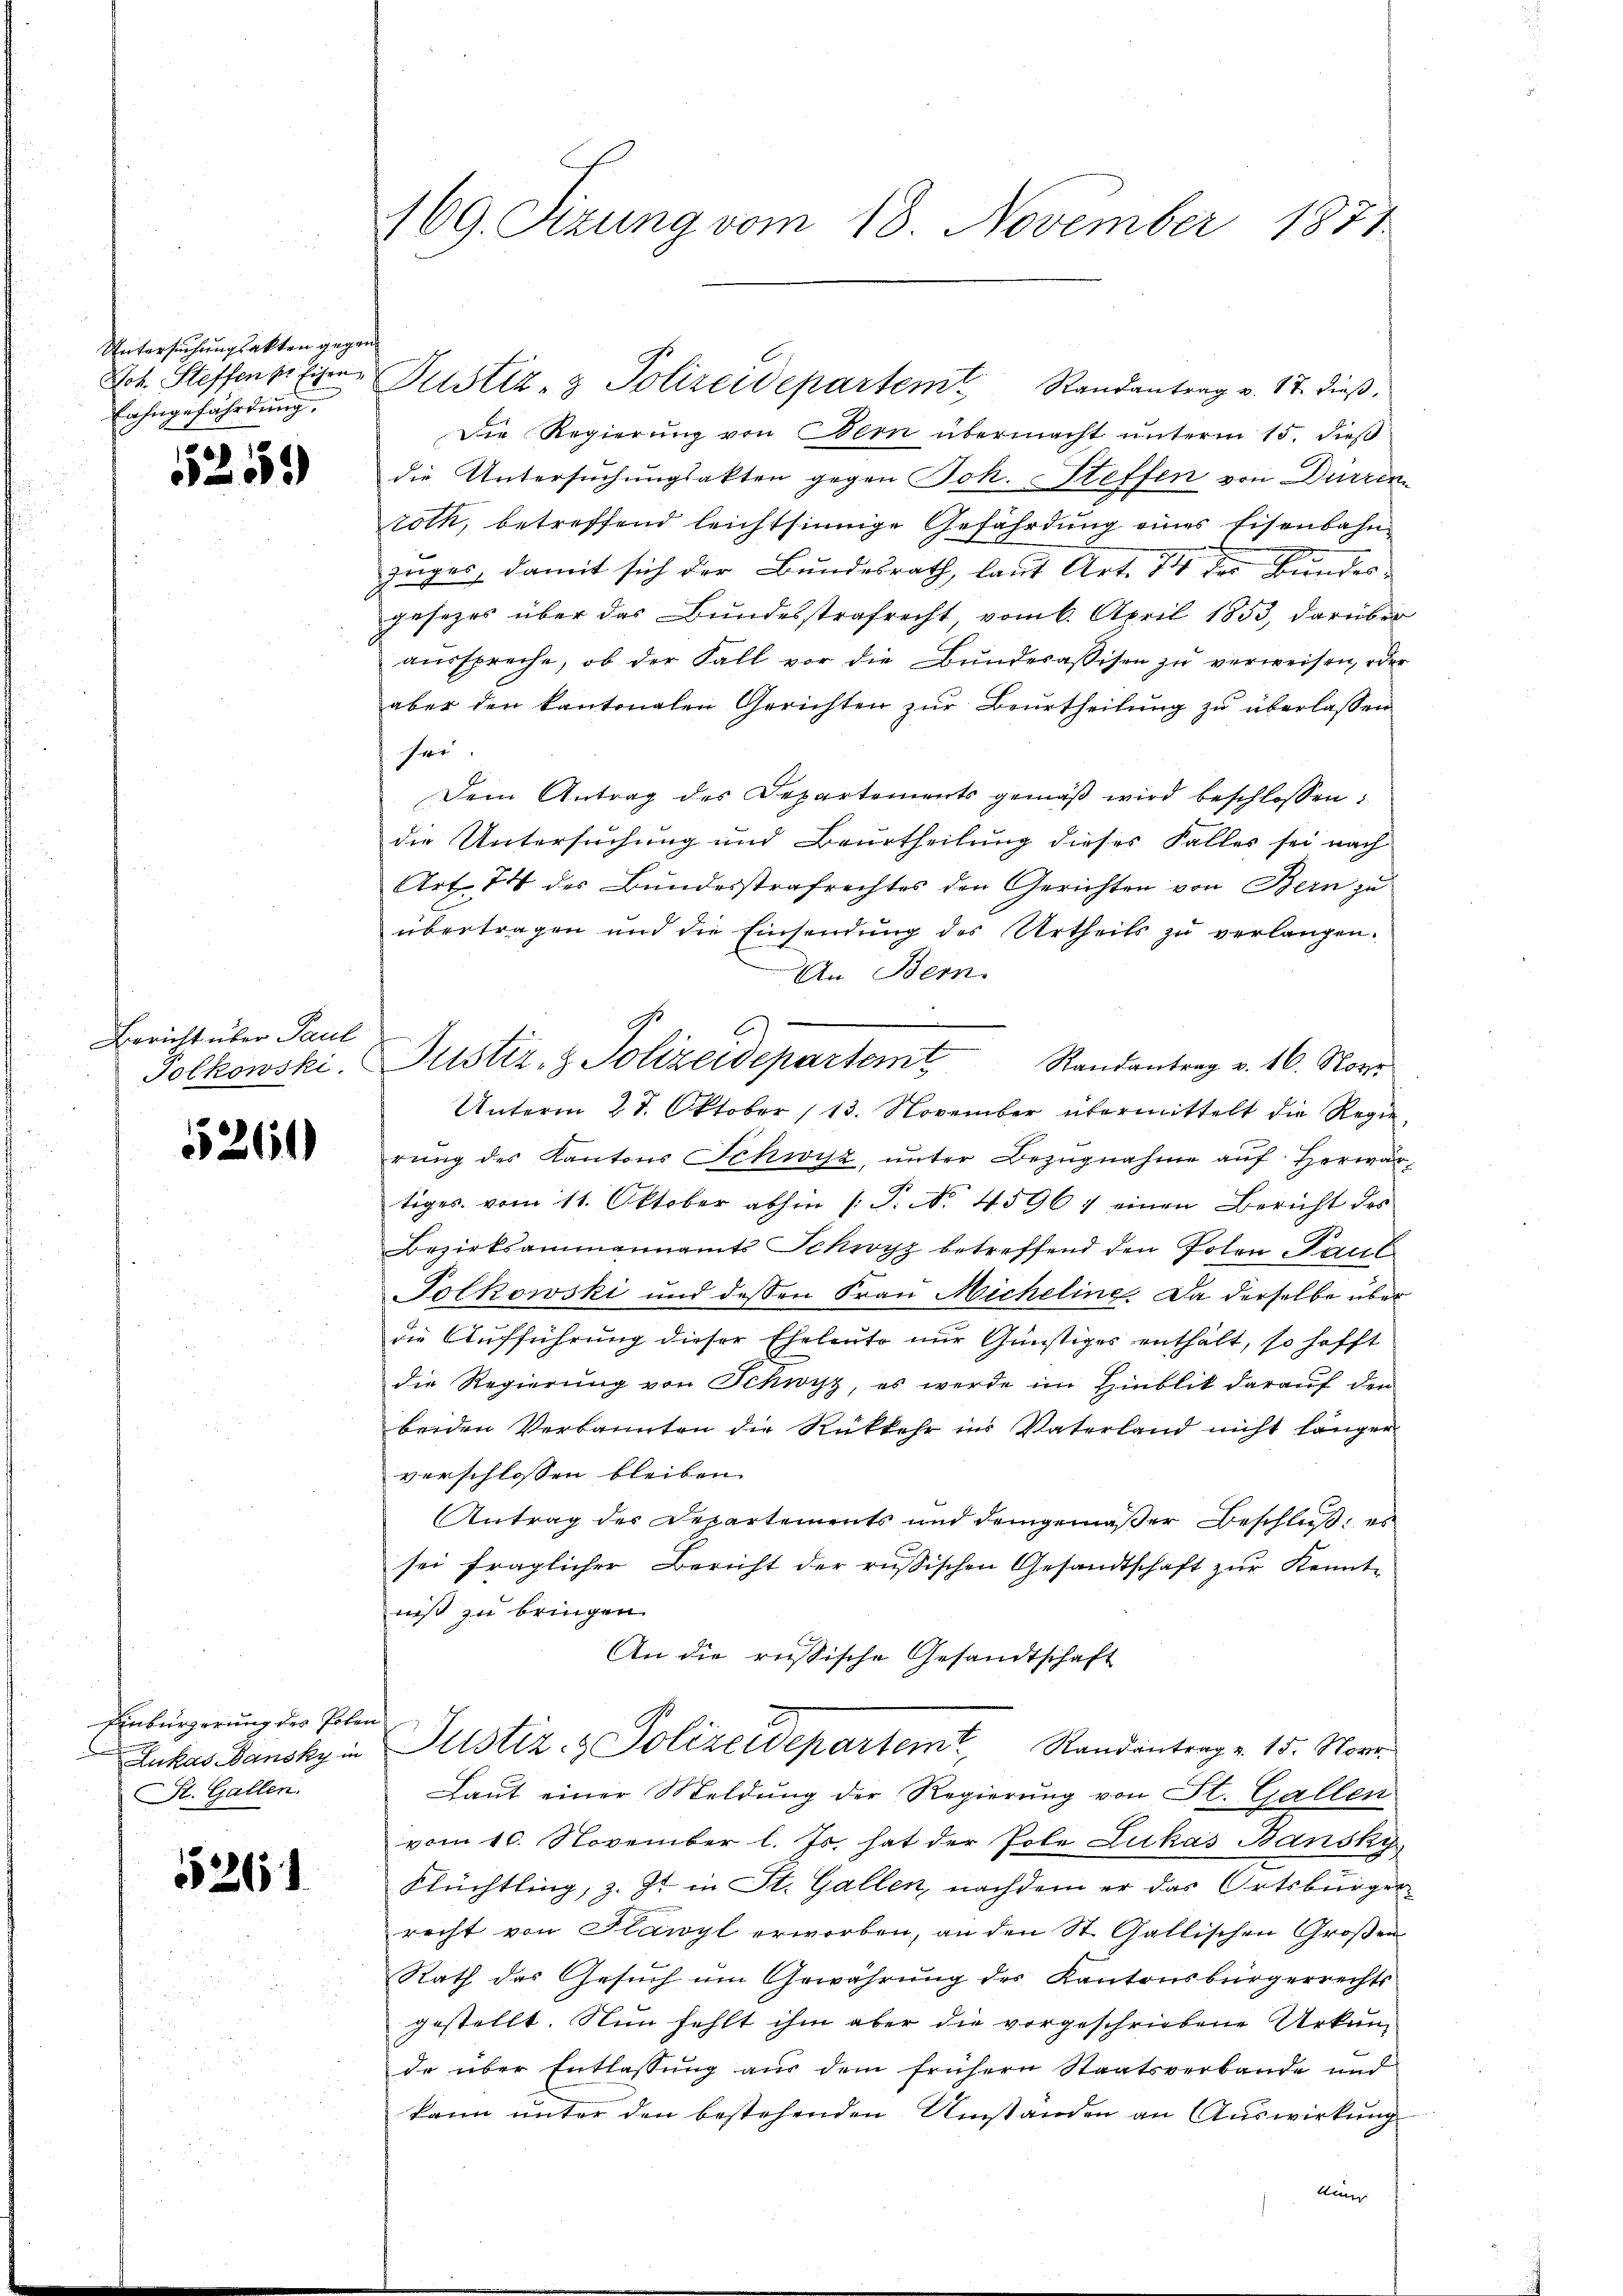
Untersuchungsakten gegen
Lahngefährdung.

52559

Bericht über Paul

5261

Einbürgerung des Polen
St. Gallen.

5261

Die Regierŭng von Bern übermacht ŭnterm 15. dieβ
die Untersuchungsakten gegen Joh. Steffen von Dürren
roth, betreffend leichtsinnige Gefährdung eines Eisenbahn-
zuges, damit sich der Bundesrath, laut Art. 74 der Bundesgesezes über das Bundesstrafrecht, vom 6. April 1853, darüber
aŭsspreche, ob der Fall vor die Bŭnderassisen zŭ verweisen, oder
aber den kantonalen Gerichten zur Beurtheilung zu überlassen
fer
Dem Antrag des Departements gemäß wird beschlossen:
die Untersuchung und Beurtheilung dieses Falles sei nach
Art. 74 des Bundesstrafrechtes den Gerichten von Bern zu
übertragen und die Einsendung des Urtheils zŭ verlangen.
An Bern.
l
Unterm 28. Oktober 113. November übermittelt die Regierŭng des Kantons Schwyz, ŭnter Bezŭgnahme aŭf herwärtiges vom 11. Oktober abhin /: P. No. 45967 einen Bericht des
Bezirksammannamts Schwyz betreffend den Polen aut
Polkowski und dessen Frau Micheling. Da derselbe über
die Aufführung dieser Eheleute nur Günstiges enthält, so hofft
die Regierung von Schwyz, es werde im Hinblik darauf den
beiden Verkannten die Rükkehr ins Vaterland nicht länger
verschlossen bleiben.
Antrag der Repartements und demgemäßer Beschluß, es
sei fraglicher Bericht der russischen Gesandtschaft zur Kenntniß zu bringen.
An die russische Gesandtschaft
Lukas Bansky in Justiz- & Polizeidepartem Randantrag v. 15. Nov.
Laut einer Meldung der Regierung von St. Gallen
vom 10. November l. Js. hat der Pole Lukas Bansky,
Flüchtling, z. Zt. in St. Gallen, nachdem er das Ortsbürger
recht von Plawyl erworben, an den St. Gallischen Großen
Rath des Gesuch um Gewährung des Kantonsbürgerrechts
gestellt. Nun fehlt ihm aber die vorgeschriebene Urkun-
de über Entlassung aus dem frühern Staatsverbande und
kann unter den bestehenden Umstanden an Auswirkung
klin

169. Sizung vom 18. November 1871

Joh. Steffenartier Justiz- & Polizeidepartem Randantrag v. 17. dieß.

Tolkowski, Justiz- & Polizeidepartemt Randantrag v. 16. Nove